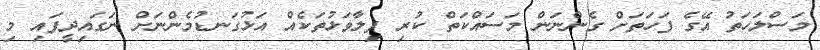
މަސްލަހަތު އޭގެ ފަހަތަށް ގެންނަން މަސައްކަތް ކުރި ފިލާވަޅުތަކެއް އަޅުގަނޑުމެންނަށް ނަގައިދީފައި މި